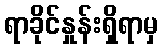
ရာခိုင်နှုန်းရှိရာမှ